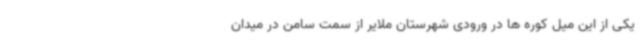
یکی از این میل کوره ها در ورودی شهرستان ملایر از سمت سامن در میدان